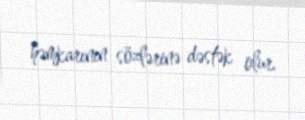
həmkarının sözlərinə dəstək olur.